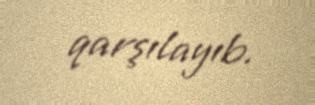
qarşılayıb.